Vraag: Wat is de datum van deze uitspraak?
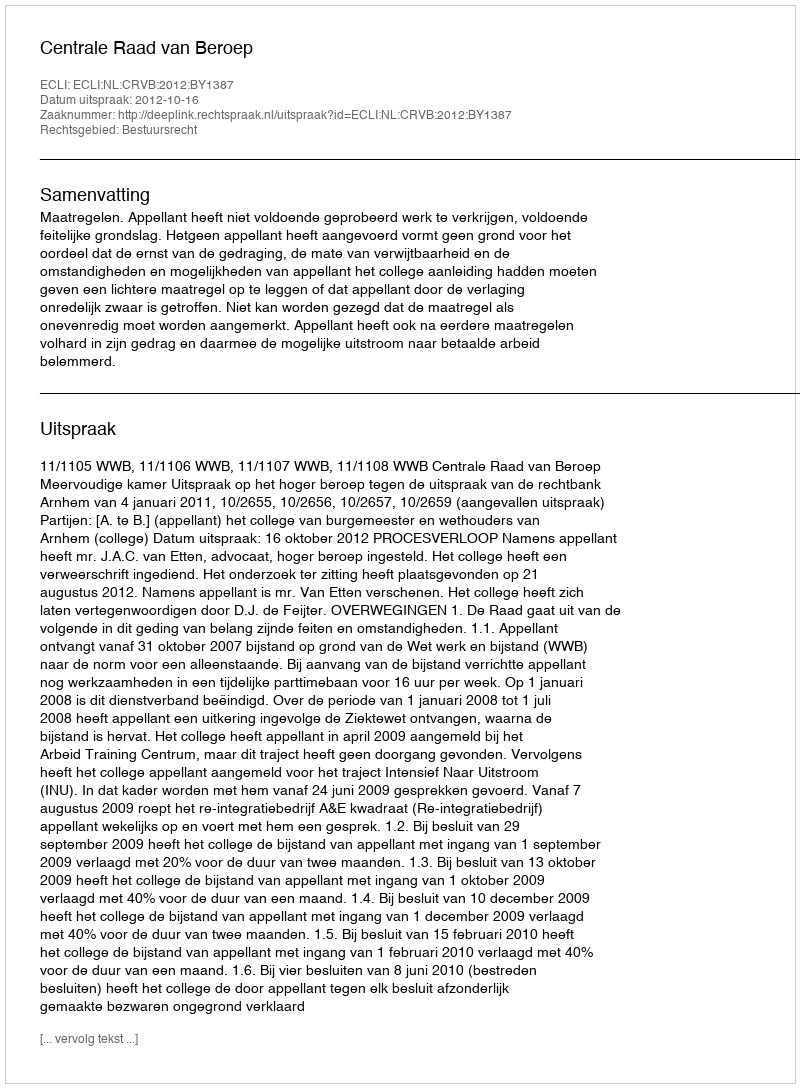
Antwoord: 2012-10-16